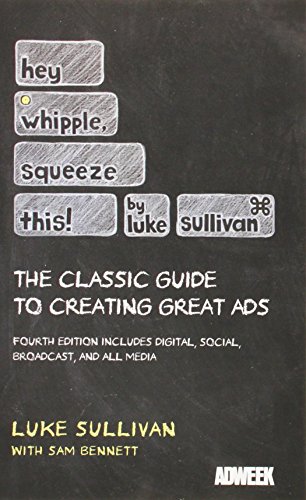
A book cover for Hey, Whipple, Squeeze This: The Classic Guide to Creating Great Ads; Luke Sullivan; Business & Money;